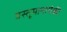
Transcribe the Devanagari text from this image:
वस्तूमानापैकी